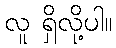
လူ ရှိလို့ပါ။